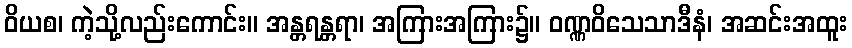
ဝိယစ၊ ကဲ့သို့လည်းကောင်း။ အန္တရန္တရာ၊ အကြားအကြား၌။ ဝဏ္ဏဝိသေသာဒီနံ၊ အဆင်းအထူး